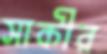
সাকীর